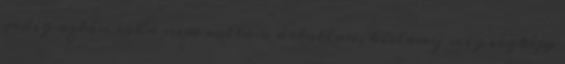
pedig aztán soha nem voltam ártatlan, kislány meg végképp